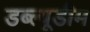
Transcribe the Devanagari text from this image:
डब्ल्यूडीम